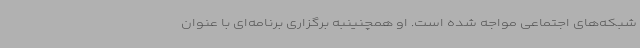
شبکه‌های اجتماعی مواجه شده است. او همچنینبه برگزاری برنامه‌ای با عنوان